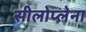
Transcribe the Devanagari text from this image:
सीलोप्लेना